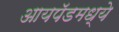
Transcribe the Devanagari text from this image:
आयपॅडमध्ये